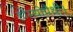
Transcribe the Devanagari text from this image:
होम्योपैथी।